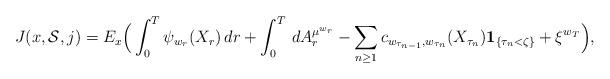
LaTeX: \begin{align*}J(x,\mathcal{S},j)=E_x\Big(\int_0^T \psi_{w_r}(X_r)\,dr+\int_0^T\,dA^{\mu^{w_r}}_r-\sum_{n\ge 1} c_{w_{\tau_{n-1}},w_{\tau_{n}}}(X_{\tau_n})\mathbf{1}_{\{\tau_n<\zeta\}}+\xi^{w_T}\Big),\end{align*}